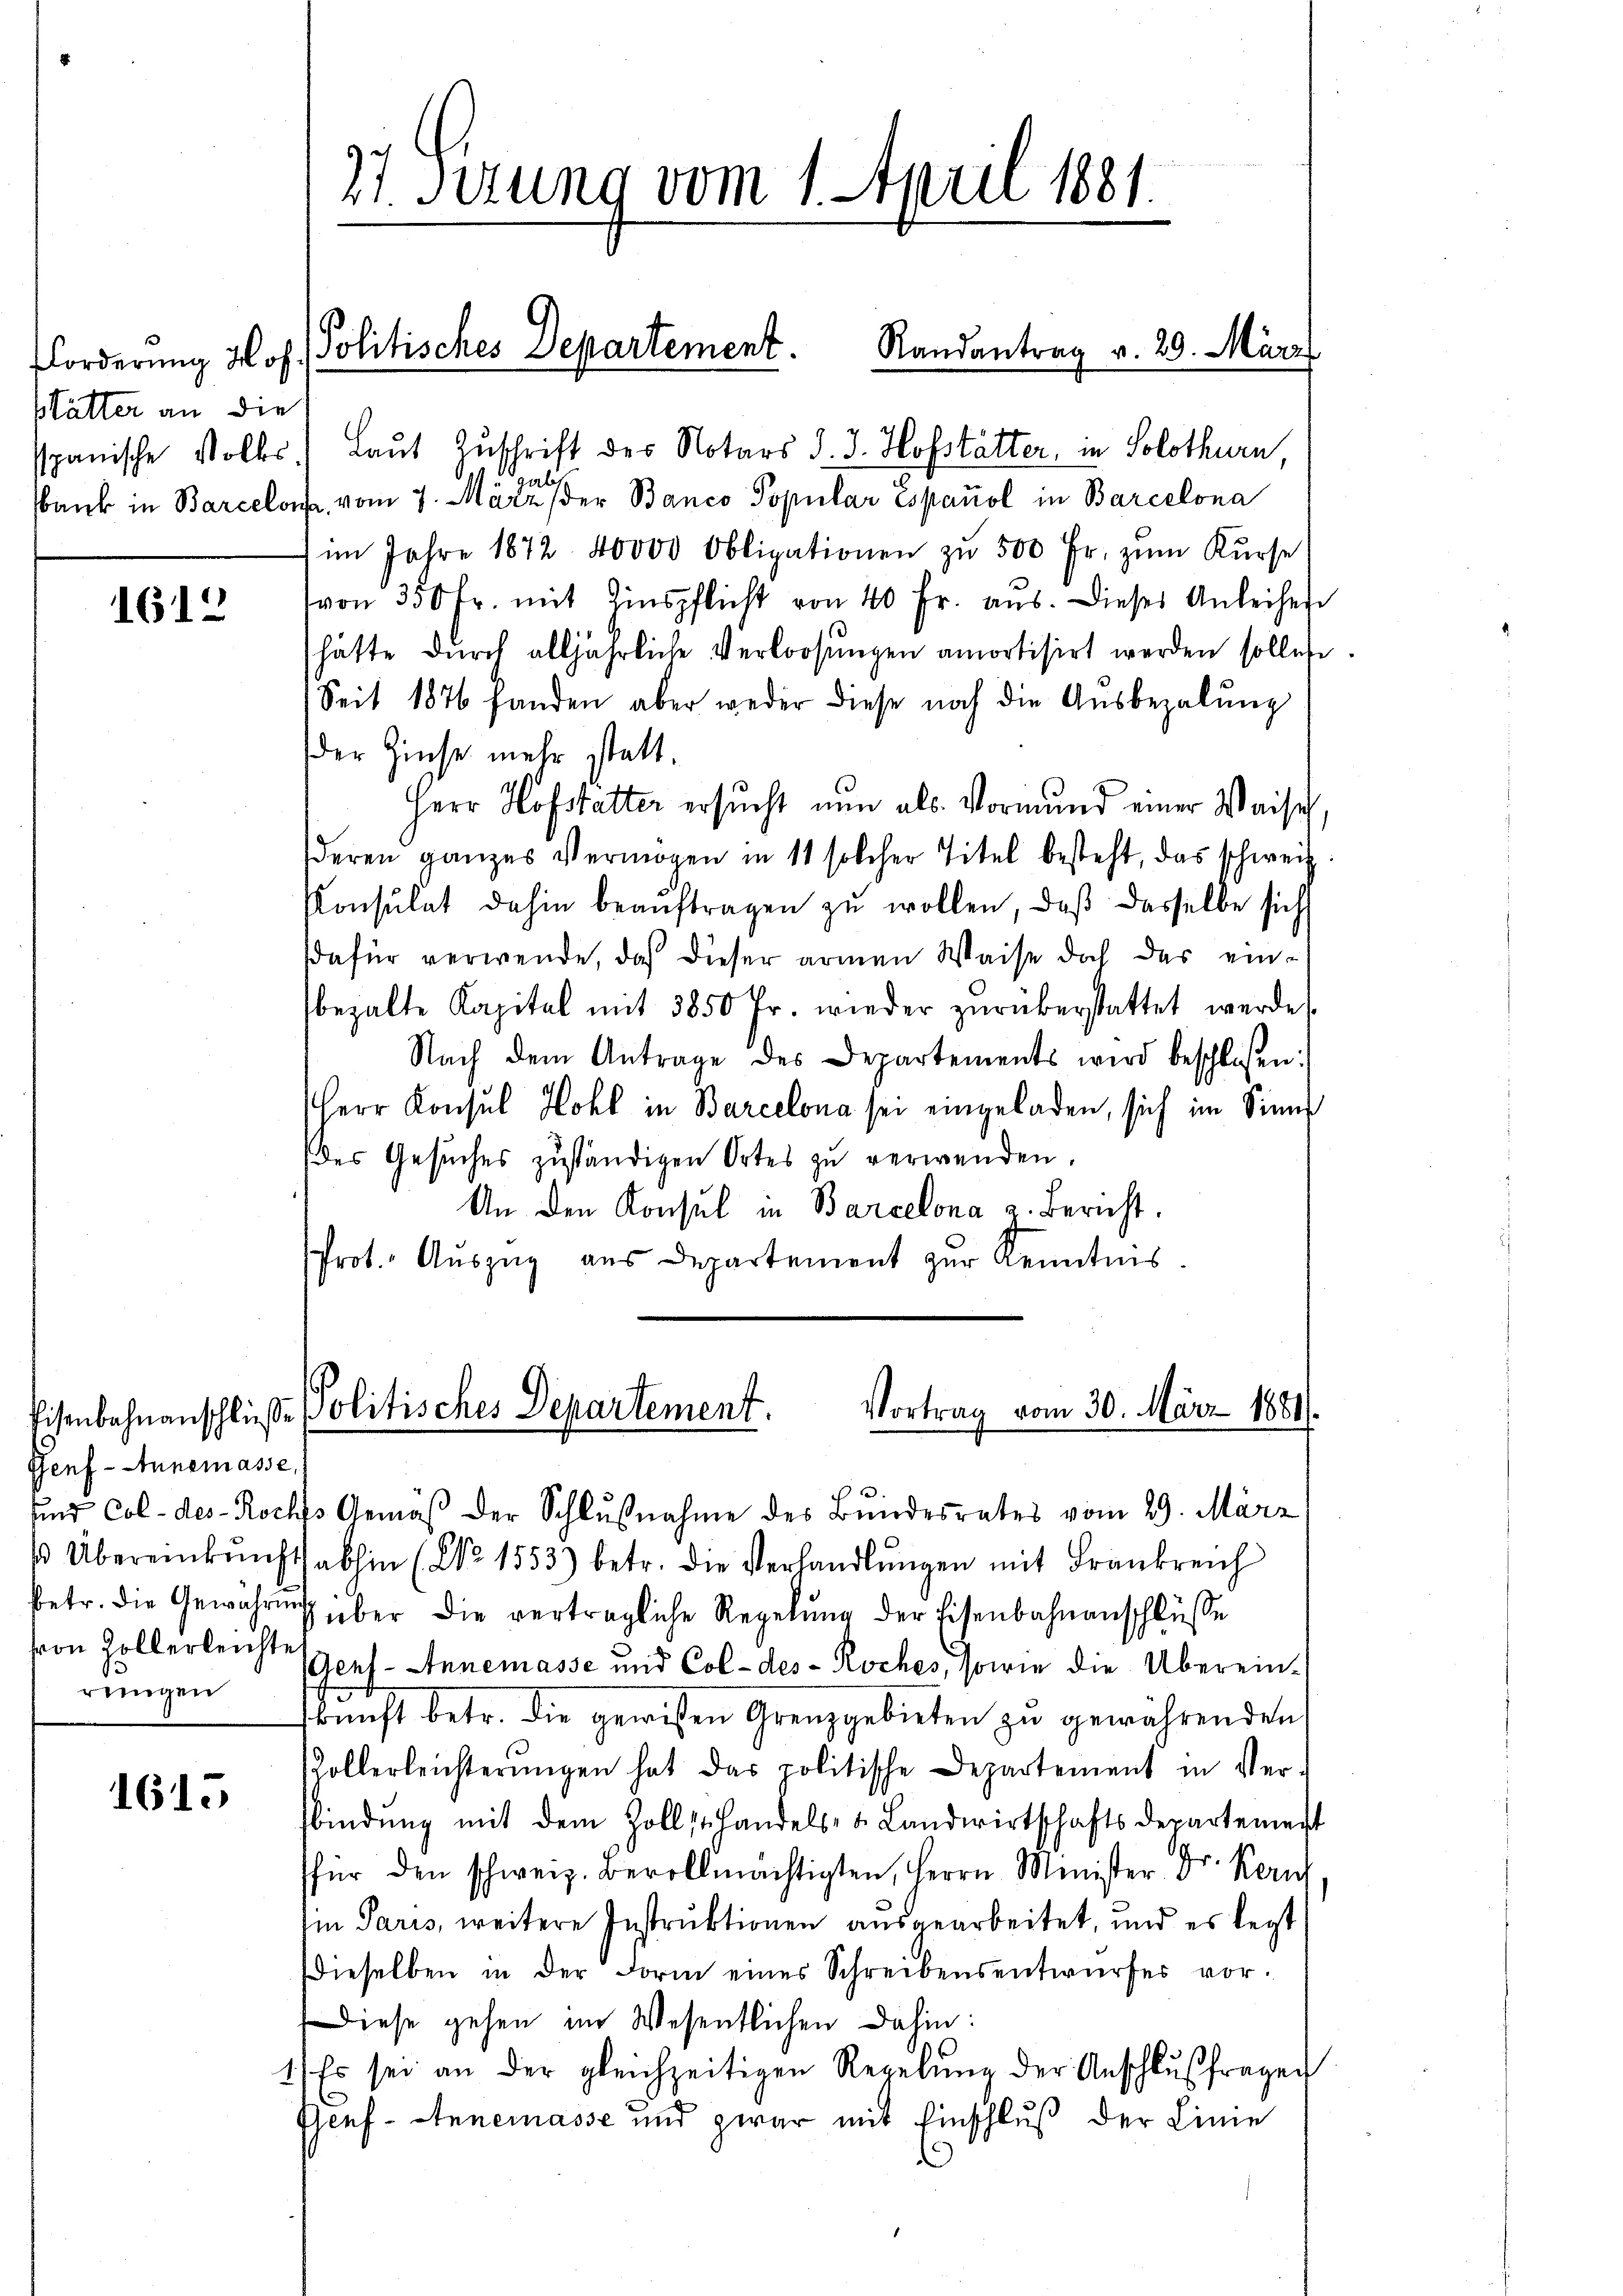
Forderung Hof.
Mätter an die

1612

Genf - Annemasse,
betr. die Gewährung
von Zollerleichte
rungen

161.

27. Sezung vom 1. April 1881.

Politisches Departement. Randantrag v. 29. März

spanische Volks.) Laut Zuschrift des Notars d. J. Hofstätter, in Solothurn
al
bank in Barcelon vom 7. März der Banco Popular espanol in Barcelona
im Jahre 1872 40000 Obligationen zŭ 500 Fr. zŭm Kŭrse
von 350 fr. mit Einspflicht von 40 fr. aus. Dieses Anleihen
hätte durch alljährliche Verloosungen amortisirt werden sollen.
Seit 1876 fanden aber weder diese noch die Aŭsbezalŭng
der Zinse mehr statt.
Herr Hofstatter ersucht nun als Vormund einer Waiseh,
deren ganzes Vermögen in 11 solcher Titel besteht, das schweiz.
Konsulat dahin beaŭftragen zŭ wollen, daß dasselbe sich
dafür verwende, daß dieser armen Weise doch das einbehalte Kapitel mit 3850 fr. wieder zŭrükerstattet werde.
Nach dem Antrage des Departements wird beschlossen:
Herr Konsul Hohl in Barcelona sei eingeladen, sich im Sinn
des Gesŭches zuständigen Ortes zŭ verwenden.
An den Konsul in Barcelona u. Bericht.
Prot. Auszug aus Departement zur Kenntnis.

Vortrag vom 30. März 1881.
Eisenbahnanschluße Politisches Departement.
und Col- des - Roches Gemäβ der Schlŭβnahme des Bundesrates vom 29. März

β Übereinkŭnft abhin (No 1553) betr. die Verhandlŭngen mit Frankreich
über die verträgliche Regelŭng der Eisenbahnanschlüsse
(Genf - Annemasse und Col-des - Roches, sowie die Überein-
skŭnft betr. die gewissen Grenzgebieten zŭ gewährenden
Zollerleichterŭngen hat das politische Departement in Ver-
fbindŭng mit dem Zollst handels- u. Landwirtschaftsdepartement
für den schweiz. Bevollmächtigten, Herrn Minister Dr. Kern
Ein Paris, weitere Instruktionen ausgearbeitet, und es legt
Dieselben in der Form eines Schreibensentwŭrfes vor-
Diese gehen im Wesentlichen Dahin:
1) Es sei an der gleichzeitigen Regelŭng der Anschlŭβfragen
Genf - Annemasse und zwar mit Einschluß der Linie
C